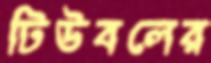
টিউবলের